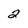
Character: 2